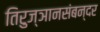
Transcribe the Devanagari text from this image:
तिरुज्ञानसंबन्दर